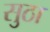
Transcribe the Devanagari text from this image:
सुठा